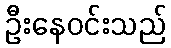
ဦးနေဝင်းသည်